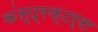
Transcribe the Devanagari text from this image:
कंस्ट्रक्टर्स